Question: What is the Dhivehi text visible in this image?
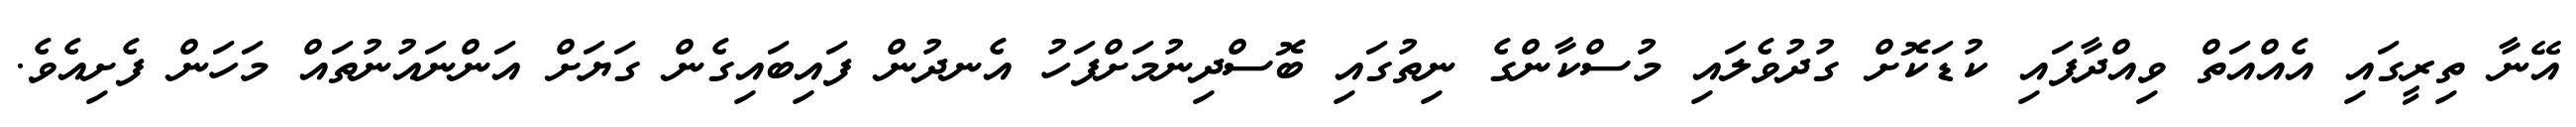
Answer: އޭނާ ތިރީގައި އެއްއަތް ވިއްދާފައި ކުޑަކޮށް ގުދުވެލައި މުސްކާންގެ ނިތުގައި ބޮސްދިނުމަށްފަހު އެނދުން ފައިބައިގެން ގަޔަށް އަންނައުނުތައް މަހަން ފެށިއެވެ.